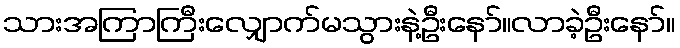
သားအကြာကြီးလျှောက်မသွားနဲ့ဦးနော်။လာခဲ့ဦးနော်။